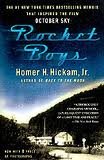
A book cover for Rocket Boys (The Coalwood Series #1); Homer Hickam; Science & Math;